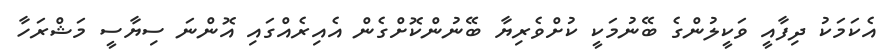
އެކަމަކު ދިފާއީ ވަކީލުންގެ ބޭނުމަކީ ކުށްވެރިޔާ ބޭނުންކޮށްގެން އެއިރެއްގައި އޮންނަ ސިޔާސީ މަޝްރަހާ